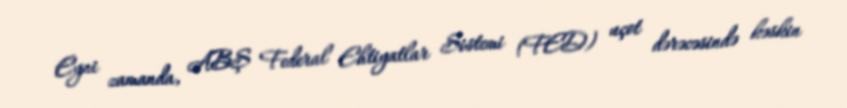
Eyni zamanda, ABŞ Federal Ehtiyatlar Sistemi (FED) uçot dərəcəsində kəskin